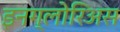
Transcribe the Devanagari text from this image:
इनग्लोरिअस